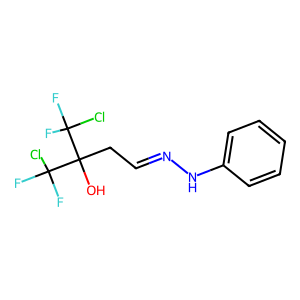
SMILES: OC(CC=NNc1ccccc1)(C(F)(F)Cl)C(F)(F)Cl
Inhibits HIV replication: No